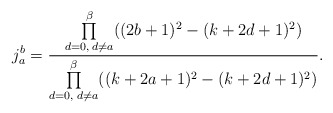
\begin{align*}j_{a}^b=\frac{\prod\limits_{d=0,\;d\neq a}^{\beta}((2b+1)^2-(k+2d+1)^2)}{\prod\limits_{d=0,\;d\neq a}^{\beta}((k+2a+1)^2-(k+2d+1)^2)}.\end{align*}